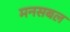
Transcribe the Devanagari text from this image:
मनसबल